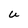
Character: U